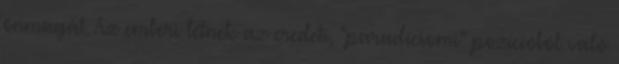
önmagát. Az emberi létnek az eredeti, "paradicsomi" pozícióból való